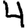
Digit: 4